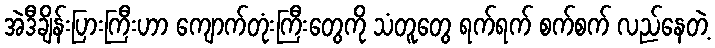
အဲဒီချိန်းပြားကြီးဟာ ကျောက်တုံးကြီးတွေကို သံတူတွေ ရက်ရက် စက်စက် လည်နေတဲ့